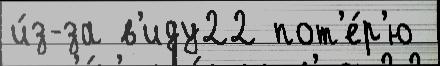
и́з-за в'иду22 пот'е́р'ю